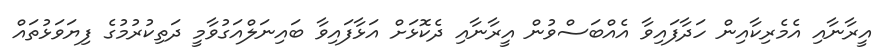
އީރާނާއި އެމެރިކާއިން ހަދާފައިވާ އެއްބަސްވުން އީރާނާއި ދެކޮޅަށް އަޅާފައިވާ ބައިނަލްއަގުވާމީ ދަތިކުރުމުގެ ފިޔަވަޅުތައް